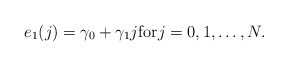
\begin{align*}e_1(j)=\gamma_0+\gamma_1j \mbox{for} j=0,1, \ldots , N .\end{align*}